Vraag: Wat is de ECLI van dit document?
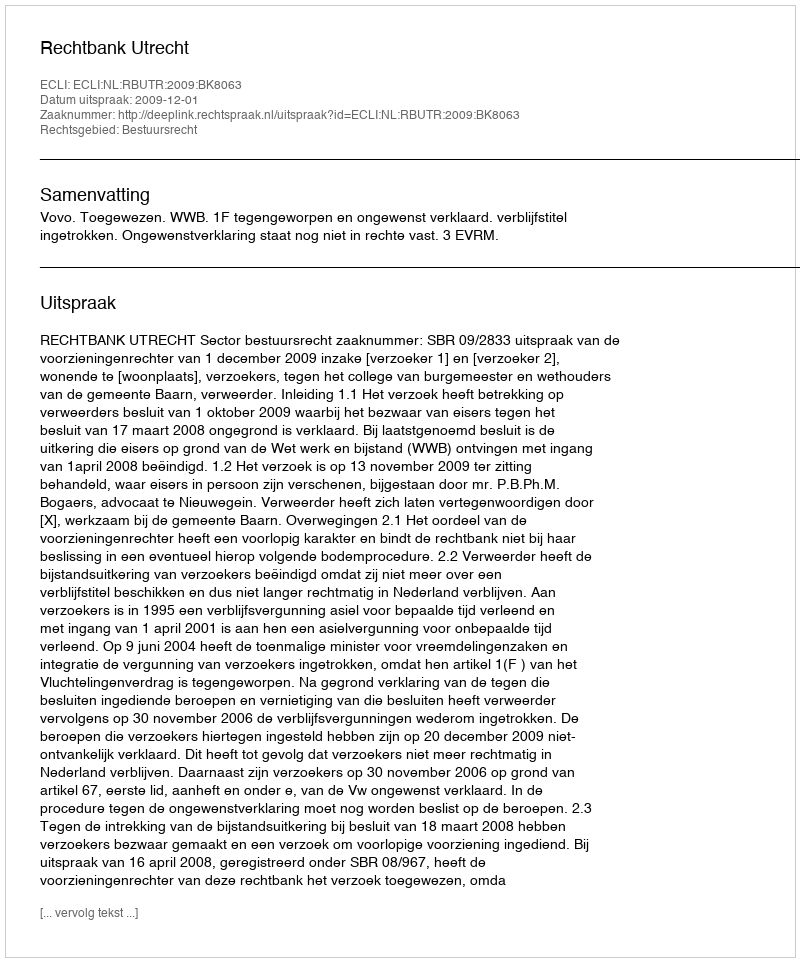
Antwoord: ECLI:NL:RBUTR:2009:BK8063